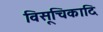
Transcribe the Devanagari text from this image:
विसूचिकादि